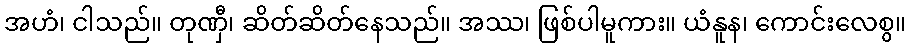
အဟံ၊ ငါသည်။ တုဏှီ၊ ဆိတ်ဆိတ်နေသည်။ အဿ၊ ဖြစ်ပါမူကား။ ယံနူန၊ ကောင်းလေစွ။